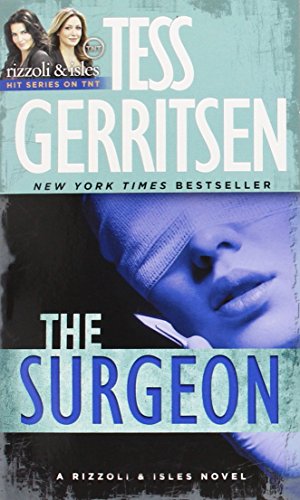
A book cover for The Surgeon (with Bonus Content): A Rizzoli & Isles Novel; Tess Gerritsen; Mystery, Thriller & Suspense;